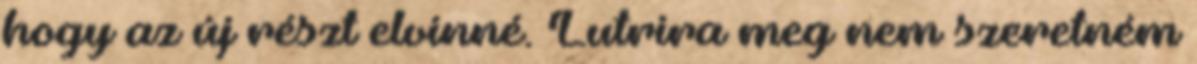
hogy az új részt elvinné. Lutrira meg nem szeretném